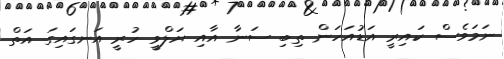
ނަމަވެސް ކައިރީ އަޑުއަހަން ތިބި ސަނާ އާއި ޔަލްވީ ހުރީ އަނގައިގަ އަތް